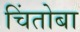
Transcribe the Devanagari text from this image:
चिंतोबा